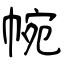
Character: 帵